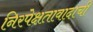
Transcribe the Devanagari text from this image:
निरपेक्षतावादाची